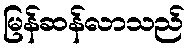
မြန်ဆန်လာသည်